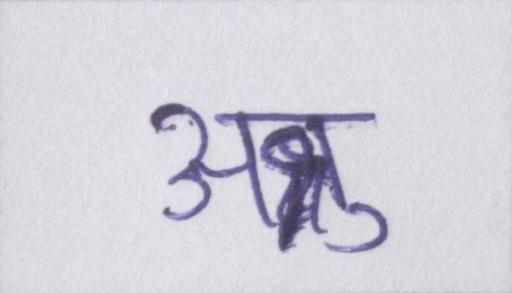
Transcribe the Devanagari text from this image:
अश्रु